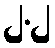
၂.၂